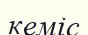
кеміс